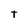
Character: t